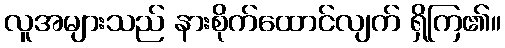
လူအများသည် နားစိုက်ထောင်လျက် ရှိကြ၏။